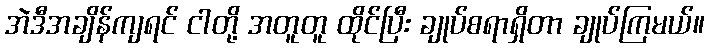
အဲဒီအချိန်ကျရင် ငါတို့ အတူတူ ထိုင်ပြီး ချုပ်စရာရှိတာ ချုပ်ကြမယ်။